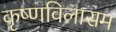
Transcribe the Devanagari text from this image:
कृष्णविलासम